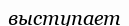
выступает